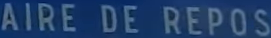
AIRE DE REPOS